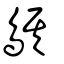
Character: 鶀